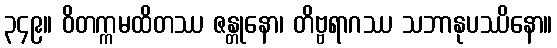
၃၄၉။ ဝိတက္ကမထိတဿ ဇန္တုနော၊ တိဗ္ဗရာဂဿ သဘာနုပဿိနော။